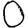
Digit: 0